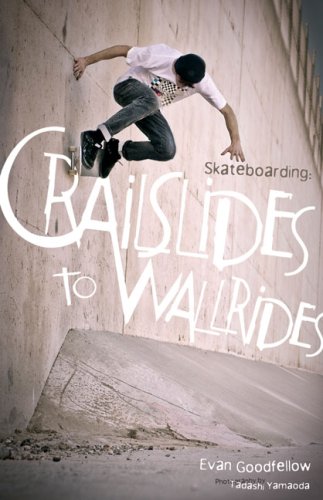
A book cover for Skateboarding: Crailslides to Wallrides; Evan Goodfellow; Sports & Outdoors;